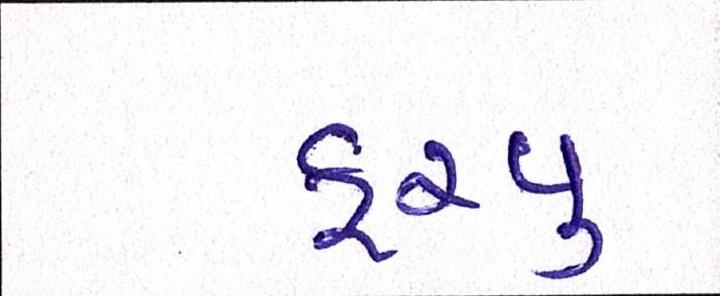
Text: ફરવુ